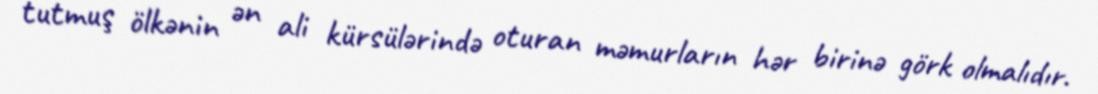
tutmuş ölkənin ən ali kürsülərində oturan məmurların hər birinə görk olmalıdır.